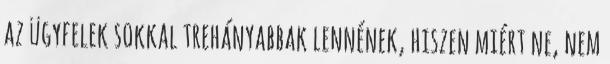
az ügyfelek sokkal trehányabbak lennének, hiszen miért ne, nem